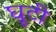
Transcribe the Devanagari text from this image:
घूटी